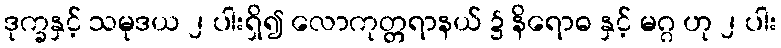
ဒုက္ခနှင့် သမုဒယ ၂ ပါးရှိ၍ လောကုတ္တရာနယ် ၌ နိရောဓ နှင့် မဂ္ဂ ဟု ၂ ပါး